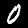
Digit: 0